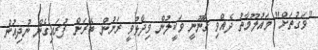
"ވަގުތަށް" މައުލޫމާތު ދެއްވި ޤާނޫނީ ވަކީލުން ވިދާޅުވީ ރަށުން ބޭރަށް ފުރައިގެން ނުދިއުން